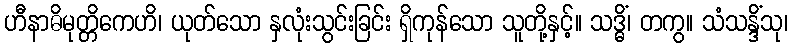
ဟီနာဓိမုတ္တိကေဟိ၊ ယုတ်သော နှလုံးသွင်းခြင်း ရှိကုန်သော သူတို့နှင့်။ သဒ္ဓိံ၊ တကွ။ သံသန္ဒိံသု၊